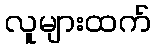
လူများထက်